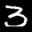
Label: 3